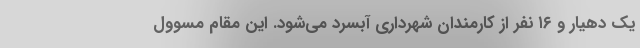
یک دهیار و ۱۶ نفر از کارمندان شهرداری آبسرد می‌شود. این مقام مسوول